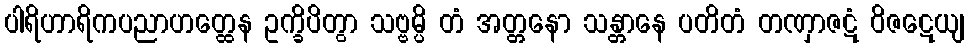
ပါရိဟာရိကပညာဟတ္ထေန ဥက္ခိပိတွာ သဗ္ဗမ္ပိ တံ အတ္တနော သန္တာနေ ပတိတံ တဏှာဇဋံ ဝိဇဋေယျ